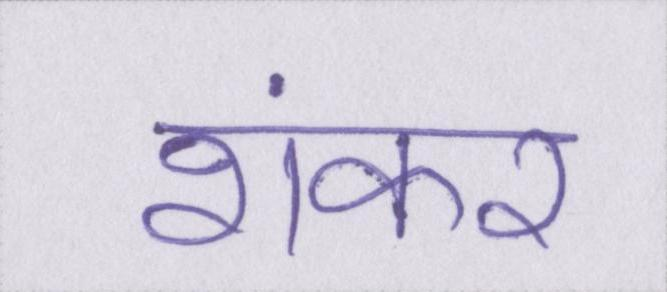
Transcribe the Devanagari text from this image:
शंकर